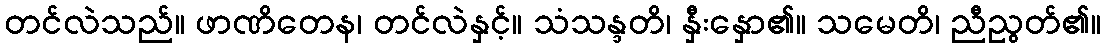
တင်လဲသည်။ ဖာဏိတေန၊ တင်လဲနှင့်။ သံသန္ဒတိ၊ နှီးနှော၏။ သမေတိ၊ ညီညွတ်၏။